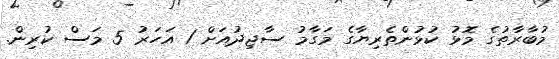
މުބާރާތުގެ މޮޅު ކުޅުންތެރިޔާގެ މަގާމު ސާޖިދުއަށް 1 އަހަރު 5 މަސް ކުރިން.